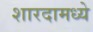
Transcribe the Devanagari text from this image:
शारदामध्ये